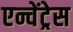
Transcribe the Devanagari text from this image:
एन्चेंट्रेस